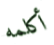
أكلمه